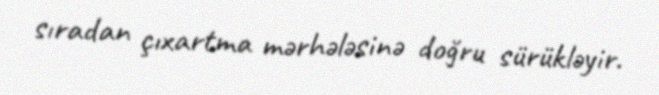
sıradan çıxartma mərhələsinə doğru sürükləyir.